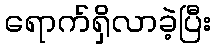
ရောက်ရှိလာခဲ့ပြီး